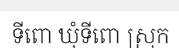
ទីពោ ឃុំទីពោ ស្រុក